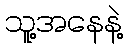
သူ့အနေနဲ့